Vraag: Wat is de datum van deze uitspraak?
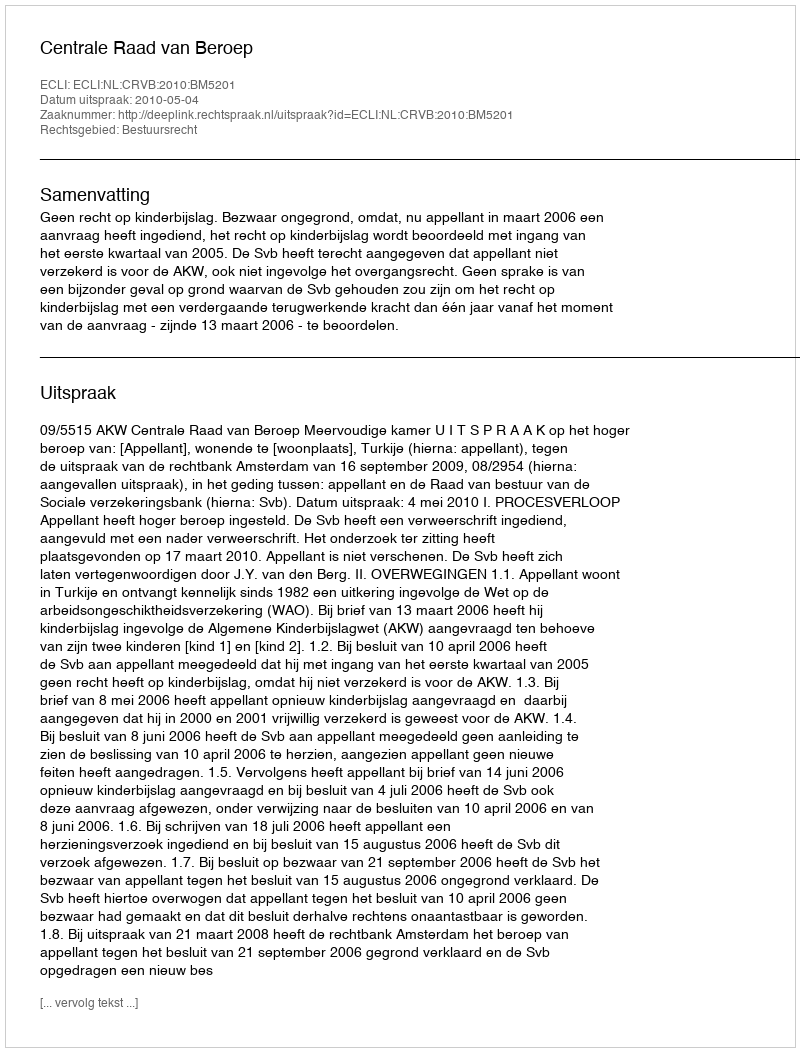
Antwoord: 2010-05-04